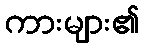
ကားများ၏